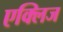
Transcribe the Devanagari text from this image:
एक्लिज